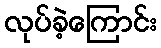
လုပ်ခဲ့ကြောင်း